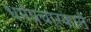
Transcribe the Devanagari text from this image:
धर्मप्रचारकाने